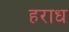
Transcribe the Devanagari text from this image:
हराध